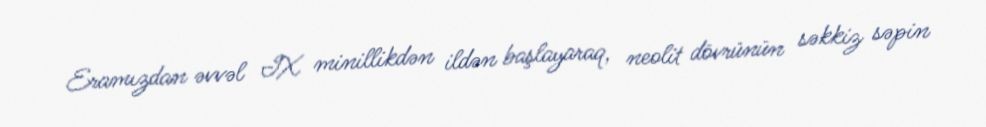
Eramızdan əvvəl IX minillikdən ildən başlayaraq, neolit dövrünün səkkiz səpin